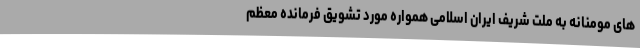
های مومنانه به ملت شریف ایران اسلامی همواره مورد تشویق فرمانده معظم